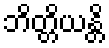
ဘိတ္တိယန္တိ